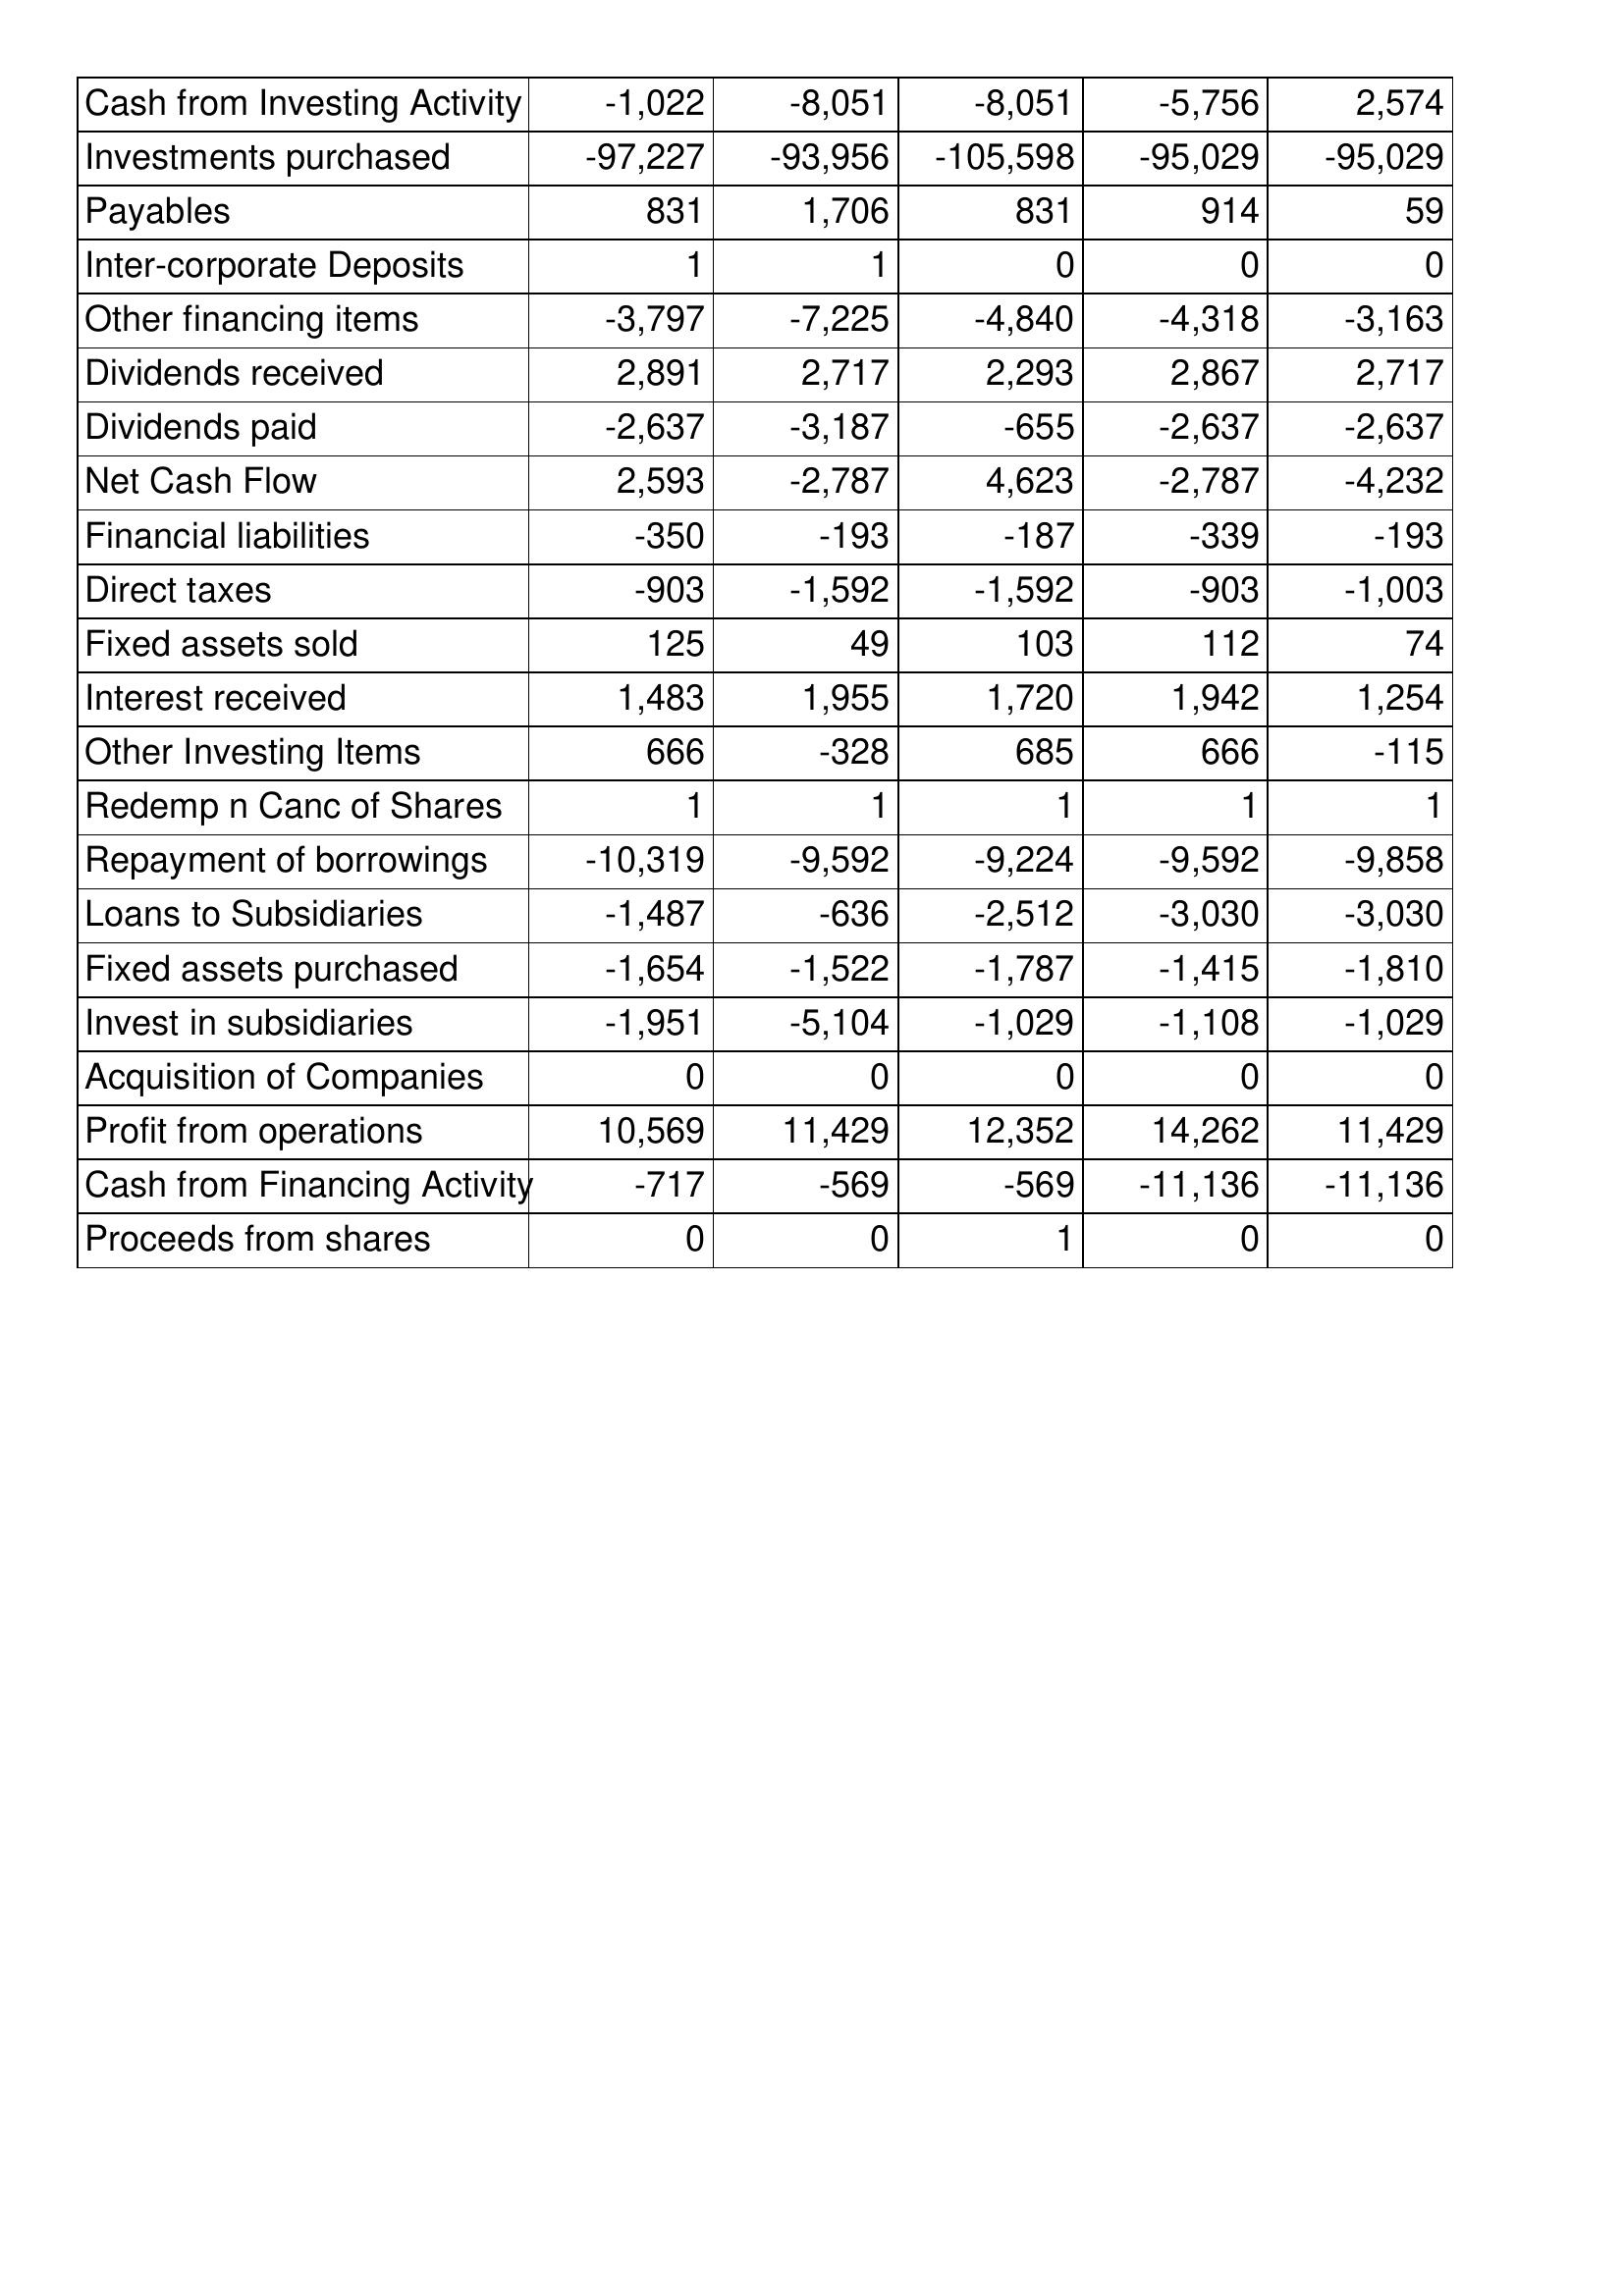
Mar-06: Cash Flows: Cash from Investing Activity: -1,022
Investments purchased: -97,227
Payables: 831
Inter-corporate Deposits: 1
Other financing items: -3,797
Dividends received: 2,891
Dividends paid: -2,637
Net Cash Flow: 2,593
Financial liabilities: -350
Direct taxes: -903
Fixed assets sold: 125
Interest received: 1,483
Other Investing Items: 666
Redemp n Canc of Shares: 1
Repayment of borrowings: -10,319
Loans to Subsidiaries: -1,487
Fixed assets purchased: -1,654
Invest in subsidiaries: -1,951
Acquisition of Companies: 0
Profit from operations: 10,569
Cash from Financing Activity: -717
Proceeds from shares: 0
Mar-05: Cash Flows: Cash from Investing Activity: -8,051
Investments purchased: -93,956
Payables: 1,706
Inter-corporate Deposits: 1
Other financing items: -7,225
Dividends received: 2,717
Dividends paid: -3,187
Net Cash Flow: -2,787
Financial liabilities: -193
Direct taxes: -1,592
Fixed assets sold: 49
Interest received: 1,955
Other Investing Items: -328
Redemp n Canc of Shares: 1
Repayment of borrowings: -9,592
Loans to Subsidiaries: -636
Fixed assets purchased: -1,522
Invest in subsidiaries: -5,104
Acquisition of Companies: 0
Profit from operations: 11,429
Cash from Financing Activity: -569
Proceeds from shares: 0
Mar-04: Cash Flows: Cash from Investing Activity: -8,051
Investments purchased: -105,598
Payables: 831
Inter-corporate Deposits: 0
Other financing items: -4,840
Dividends received: 2,293
Dividends paid: -655
Net Cash Flow: 4,623
Financial liabilities: -187
Direct taxes: -1,592
Fixed assets sold: 103
Interest received: 1,720
Other Investing Items: 685
Redemp n Canc of Shares: 1
Repayment of borrowings: -9,224
Loans to Subsidiaries: -2,512
Fixed assets purchased: -1,787
Invest in subsidiaries: -1,029
Acquisition of Companies: 0
Profit from operations: 12,352
Cash from Financing Activity: -569
Proceeds from shares: 1
Mar-03: Cash Flows: Cash from Investing Activity: -5,756
Investments purchased: -95,029
Payables: 914
Inter-corporate Deposits: 0
Other financing items: -4,318
Dividends received: 2,867
Dividends paid: -2,637
Net Cash Flow: -2,787
Financial liabilities: -339
Direct taxes: -903
Fixed assets sold: 112
Interest received: 1,942
Other Investing Items: 666
Redemp n Canc of Shares: 1
Repayment of borrowings: -9,592
Loans to Subsidiaries: -3,030
Fixed assets purchased: -1,415
Invest in subsidiaries: -1,108
Acquisition of Companies: 0
Profit from operations: 14,262
Cash from Financing Activity: -11,136
Proceeds from shares: 0
Mar-02: Cash Flows: Cash from Investing Activity: 2,574
Investments purchased: -95,029
Payables: 59
Inter-corporate Deposits: 0
Other financing items: -3,163
Dividends received: 2,717
Dividends paid: -2,637
Net Cash Flow: -4,232
Financial liabilities: -193
Direct taxes: -1,003
Fixed assets sold: 74
Interest received: 1,254
Other Investing Items: -115
Redemp n Canc of Shares: 1
Repayment of borrowings: -9,858
Loans to Subsidiaries: -3,030
Fixed assets purchased: -1,810
Invest in subsidiaries: -1,029
Acquisition of Companies: 0
Profit from operations: 11,429
Cash from Financing Activity: -11,136
Proceeds from shares: 0